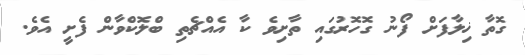
ގޮތާ ޚިލާފަށް ފޯނު ގޮހޮރުގައި ތާށިވެ ކާ އެއްޗެތި ބްލޮކްވާން ފެށީ އެވެ.